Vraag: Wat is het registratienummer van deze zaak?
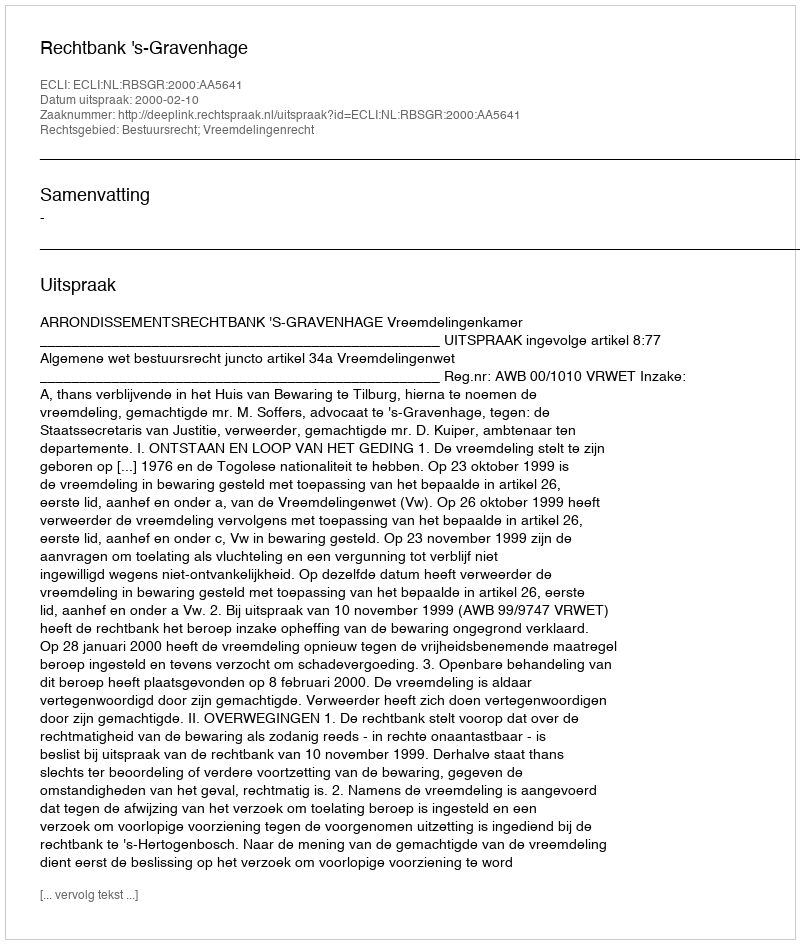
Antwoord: http://deeplink.rechtspraak.nl/uitspraak?id=ECLI:NL:RBSGR:2000:AA5641